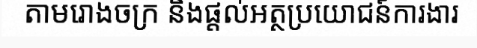
តាមរោងចក្រ និងផ្តល់អត្ថប្រយោជន៍ការងារ